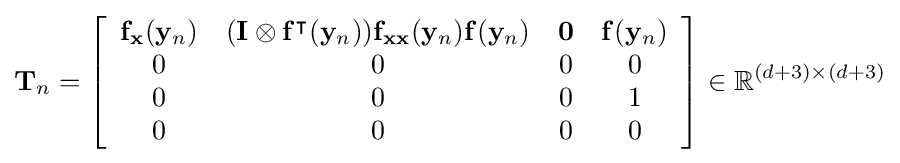
\mathbf {T} _{n}=\left[{\begin{array}{cccc}\mathbf {f} _{\mathbf {x} }(\mathbf {y} _{n})&(\mathbf {I} \otimes \mathbf {f} ^{\intercal }(\mathbf {y} _{n}))\mathbf {f} _{\mathbf {xx} }(\mathbf {y} _{n})\mathbf {f} (\mathbf {y} _{n})&\mathbf {0} &\mathbf {f} (\mathbf {y} _{n})\\0&0&0&0\\0&0&0&1\\0&0&0&0\end{array}}\right]\in \mathbb {R} ^{(d+3)\times (d+3)}